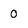
Character: 0